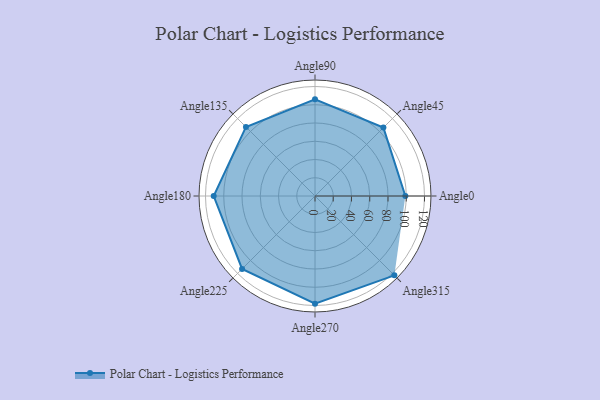
{"axis": {"x": "Angle", "y": "Radius"}, "legend": [""], "data": [{"x": "Angle0", "y": 99.0, "type": ""}, {"x": "Angle45", "y": 106.0, "type": ""}, {"x": "Angle90", "y": 106.0, "type": ""}, {"x": "Angle135", "y": 107.0, "type": ""}, {"x": "Angle180", "y": 111.0, "type": ""}, {"x": "Angle225", "y": 113.0, "type": ""}, {"x": "Angle270", "y": 118.0, "type": ""}, {"x": "Angle315", "y": 123.0, "type": ""}]}